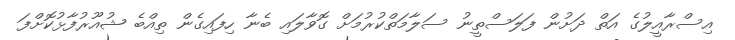
އިސްރާއީލުގެ އަތް ދަށުން ފަލަސްތީނު ސަލާމަތްކުރުމަށް ގޮވާލައި ބެނާ ހިފައިގެން ތިއްބެ ޝުއޫރުފާޅުކޮށްފަ